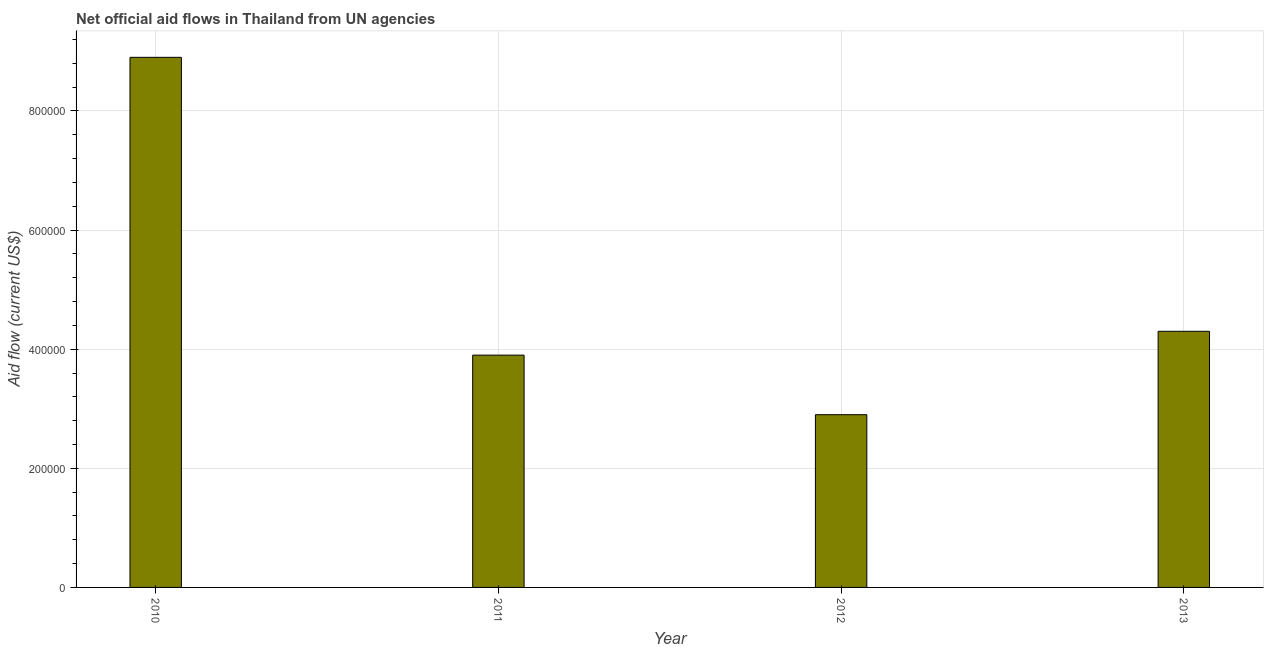
| Year | Net official flows from UN agencies |
 | --- | --- |
 | 2010 | 8.9e+05 |
 | 2011 | 3.9e+05 |
 | 2012 | 2.9e+05 |
 | 2013 | 4.3e+05 |